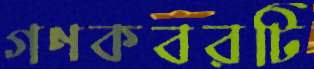
গণকবরটি